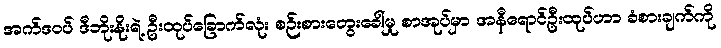
အက်ဒဝပ် ဒီဘိုးနိုးရဲ့ ဦးထုပ်ခြောက်လုံး စဉ်းစားတွေးခေါ်မှု စာအုပ်မှာ အနီရောင်ဦးထုပ်ဟာ ခံစားချက်ကို